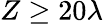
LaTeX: Z\ge 20\lambda